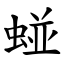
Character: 䗒